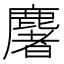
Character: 𪋏